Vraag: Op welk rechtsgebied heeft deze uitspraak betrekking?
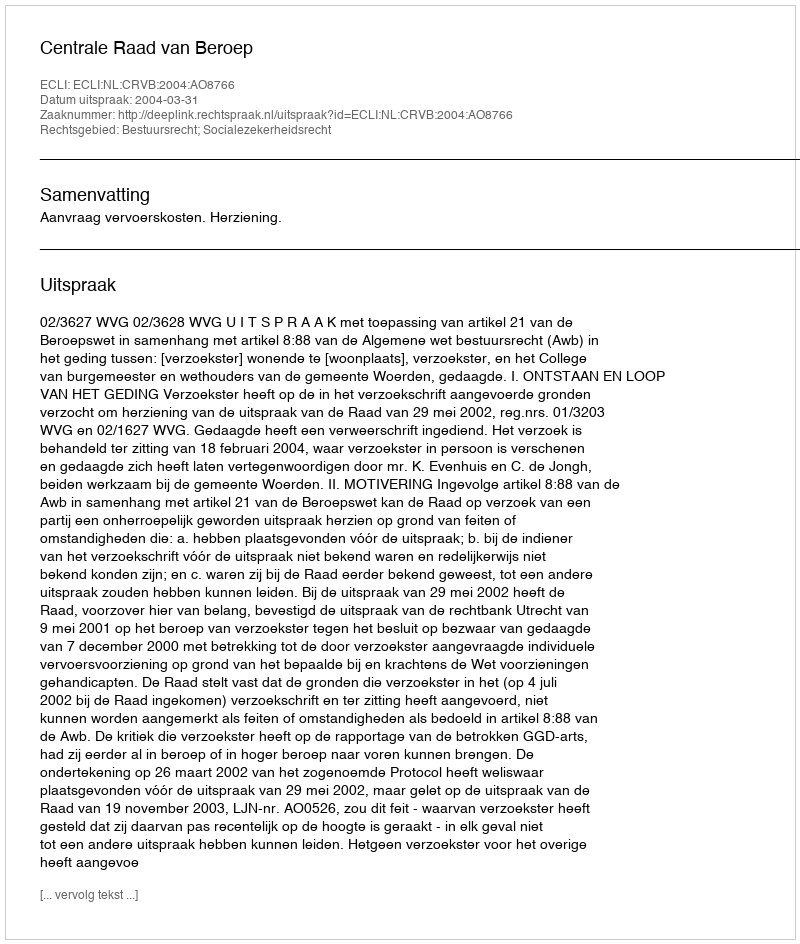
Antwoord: Bestuursrecht; Socialezekerheidsrecht